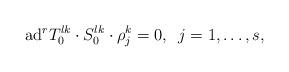
LaTeX: \begin{gather*}\mbox{ad}^{r}T_{0}^{lk}\cdot S_{0}^{lk}\cdot\rho_{j}^{k}=0,\,\,\,j=1,\dots,s,\end{gather*}